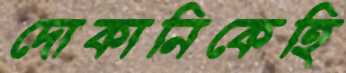
দোকানিকেহি